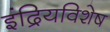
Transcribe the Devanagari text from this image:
इंद्रियविशेष